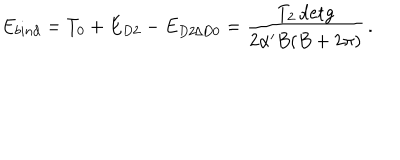
E _ { b i n d } = T _ { 0 } + E _ { D 2 } - E _ { D 2 / D 0 } = \frac { T _ { 2 } \, \mathrm { d e t } g } { 2 \alpha ^ { \prime } B ( B + 2 \pi ) } \, .